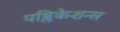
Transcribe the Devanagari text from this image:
पब्लिकेशन्‍स